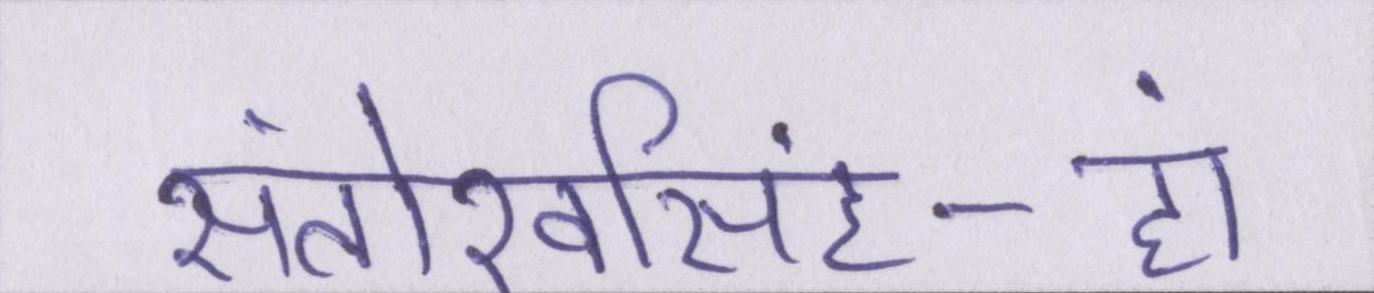
संतोखसिंह-हां